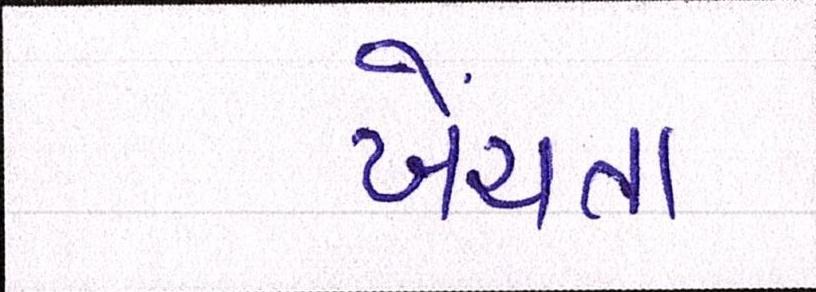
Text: ખેંચતા